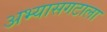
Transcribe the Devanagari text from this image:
अभ्यासगटाला